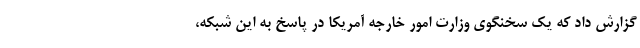
گزارش داد که یک سخنگوی وزارت امور خارجه آمریکا در پاسخ به این شبکه،